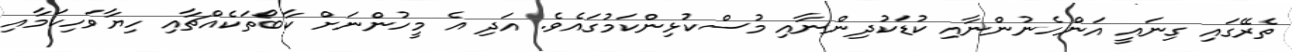
ތެރޭގައި ގިނައީ އަންހެނުންނާއި ކުޑަކުދިންނާއި މުސްކުޅިންކަމުގައެވެ. އަދި އެ މީހުންނަށް ކާބޯތަކެއްޗާއި ހިޔާވަހިކަމާއި